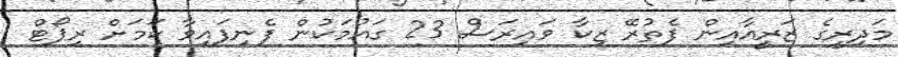
މަދިރީގެ ޒަރީއާއިން ފެތުރޭ ޒިކާ ވައިރަސް 23 ގައުމަކުން ފެނިފައިވާ ކަމަށް ރިޕޯޓް